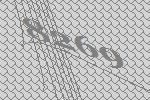
8269